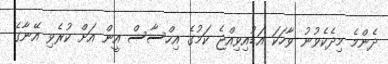
ދެންމެ މިދެކެވުނު ވާހަކަ އަޑުއިވިއްޖެ ކަމުގެ އިހްސާސް އީން އަށް ކުރެވި އޭނާގެ